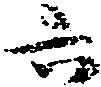
六